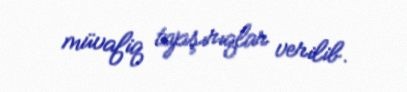
müvafiq tapşırıqlar verilib.